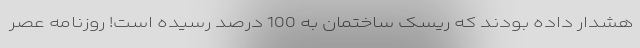
هشدار داده بودند که ریسک ساختمان به 100 درصد رسیده است! روزنامه عصر